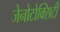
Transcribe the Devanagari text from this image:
जेनोटोक्सिटी